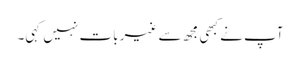
آپ نے کبھی مجھ سے غیر بات نہیں کہی۔